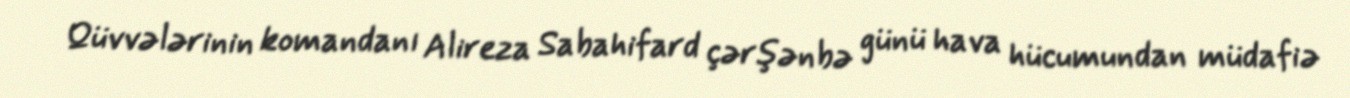
Qüvvələrinin komandanı Alireza Sabahifard çərşənbə günü hava hücumundan müdafiə